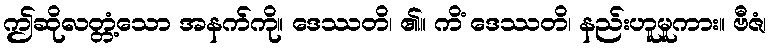
ဤဆိုလတ္တံ့သော အနက်ကို။ ဒေဿတိ၊ ၏။ ကိံ ဒေဿတိ၊ နည်းဟူမူကား။ ဗီဇံ၊